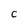
Character: C